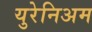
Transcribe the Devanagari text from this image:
युरेनिअम